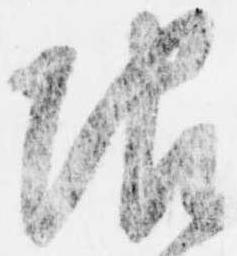
限